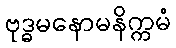
ဗုဒ္ဓမနောမနိက္ကမံ